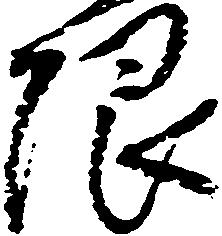
限